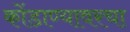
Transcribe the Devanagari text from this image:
कोंडाण्यावरचा